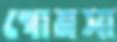
গােমসা